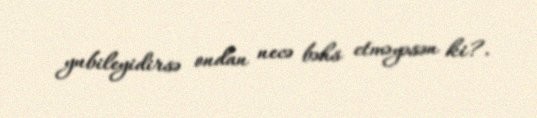
yubileyidirsə ondan necə bəhs etməyəsən ki?.